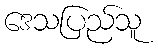
ဒေသပြည်သူ